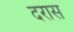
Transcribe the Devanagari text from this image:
दरास